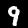
Label: 9